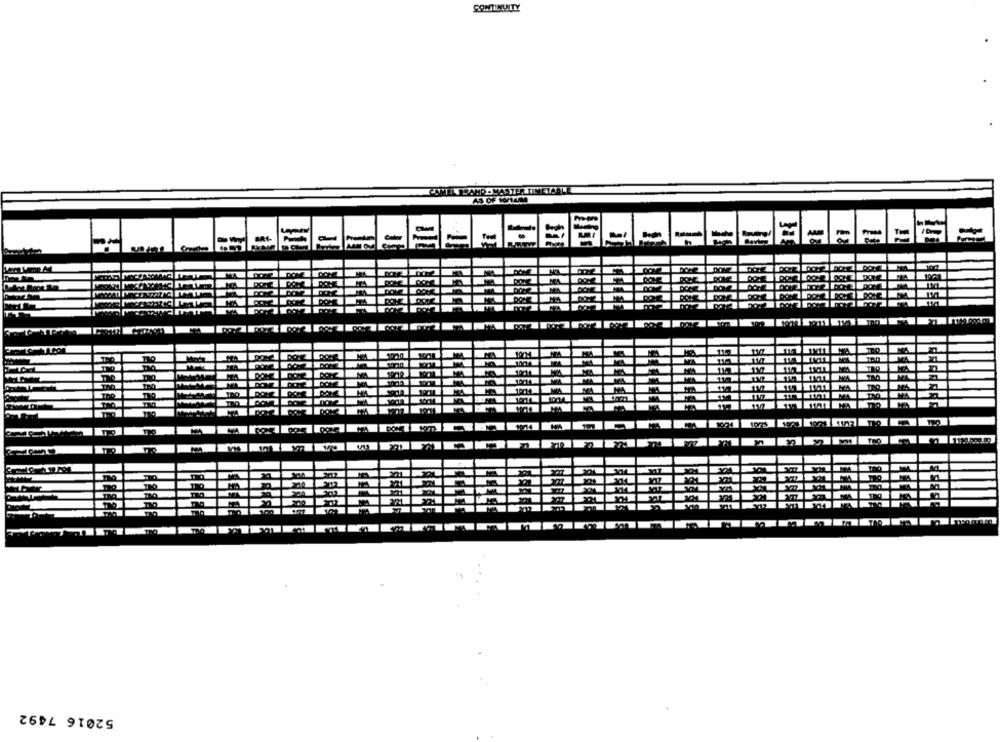
CONTINUITY
COMEN SAND-MASTER TINETABLE
AS OF WIUM
52016 7492